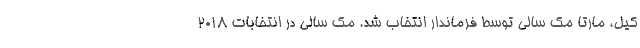
کیل، مارتا مک سالی توسط فرماندار انتخاب شد. مک سالی در انتخابات 2018